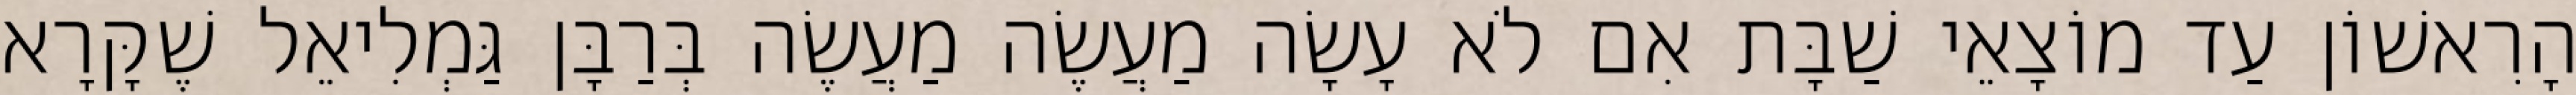
הָרִאשׁוֹן עַד מוֹצָאֵי שַׁבָּת אִם לֹא עָשָׂה מַעֲשֶׂה מַעֲשֶׂה בְּרַבָּן גַּמְלִיאֵל שֶׁקָּרָא